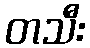
တသီး